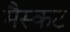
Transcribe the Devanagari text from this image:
मैस्कट